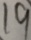
1 9